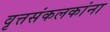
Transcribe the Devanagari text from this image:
वृत्तसंकलकांना